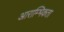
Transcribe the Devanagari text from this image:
आराम्भिकता